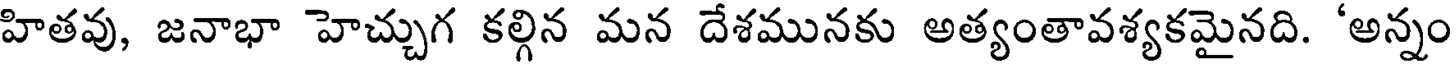
హితవు, జనాభా హెచ్చుగ కల్గిన మన దేశమునకు అత్యంతావశ్యకమైనది. 'అన్నం